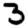
Digit: 3